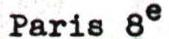
Paris 8e